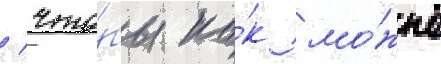
/ что́бы ка́к мо́жно